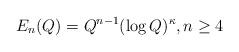
LaTeX: \begin{align*}E_n(Q)=Q^{n-1}(\log Q)^\kappa,n\ge4\end{align*}